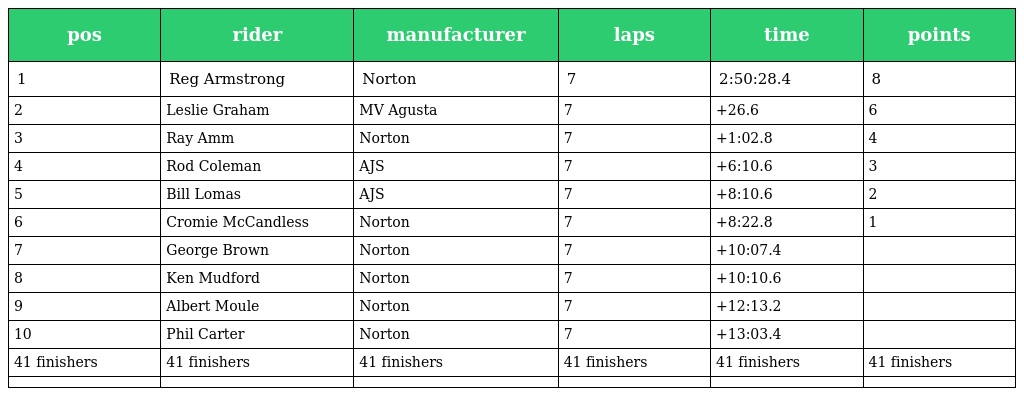
| pos | rider | manufacturer | laps | time | points |
 | --- | --- | --- | --- | --- | --- |
 | 1 | Reg Armstrong | Norton | 7 | 2:50:28.4 | 8 |
 | 2 | Leslie Graham | MV Agusta | 7 | +26.6 | 6 |
 | 3 | Ray Amm | Norton | 7 | +1:02.8 | 4 |
 | 4 | Rod Coleman | AJS | 7 | +6:10.6 | 3 |
 | 5 | Bill Lomas | AJS | 7 | +8:10.6 | 2 |
 | 6 | Cromie McCandless | Norton | 7 | +8:22.8 | 1 |
 | 7 | George Brown | Norton | 7 | +10:07.4 |  |
 | 8 | Ken Mudford | Norton | 7 | +10:10.6 |  |
 | 9 | Albert Moule | Norton | 7 | +12:13.2 |  |
 | 10 | Phil Carter | Norton | 7 | +13:03.4 |  |
 | 41 finishers | 41 finishers | 41 finishers | 41 finishers | 41 finishers | 41 finishers |
 |  |  |  |  |  |  |